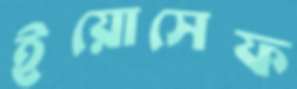
ইয়োসেফ